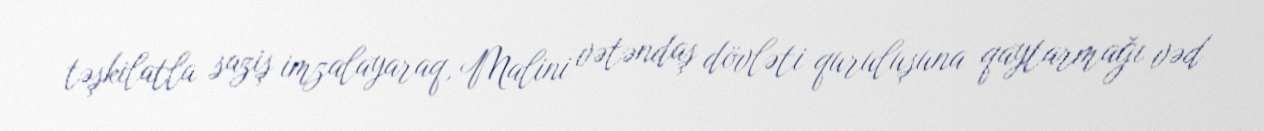
təşkilatla saziş imzalayaraq, Malini vətəndaş dövləti quruluşuna qaytarmağı vəd